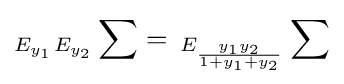
_{E_{y_{1}}}{}_{E_{y_{2}}}\sum =\,_{E_{\frac {y_{1}y_{2}}{1+y_{1}+y_{2}}}}\sum